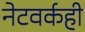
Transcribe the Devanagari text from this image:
नेटवर्कही